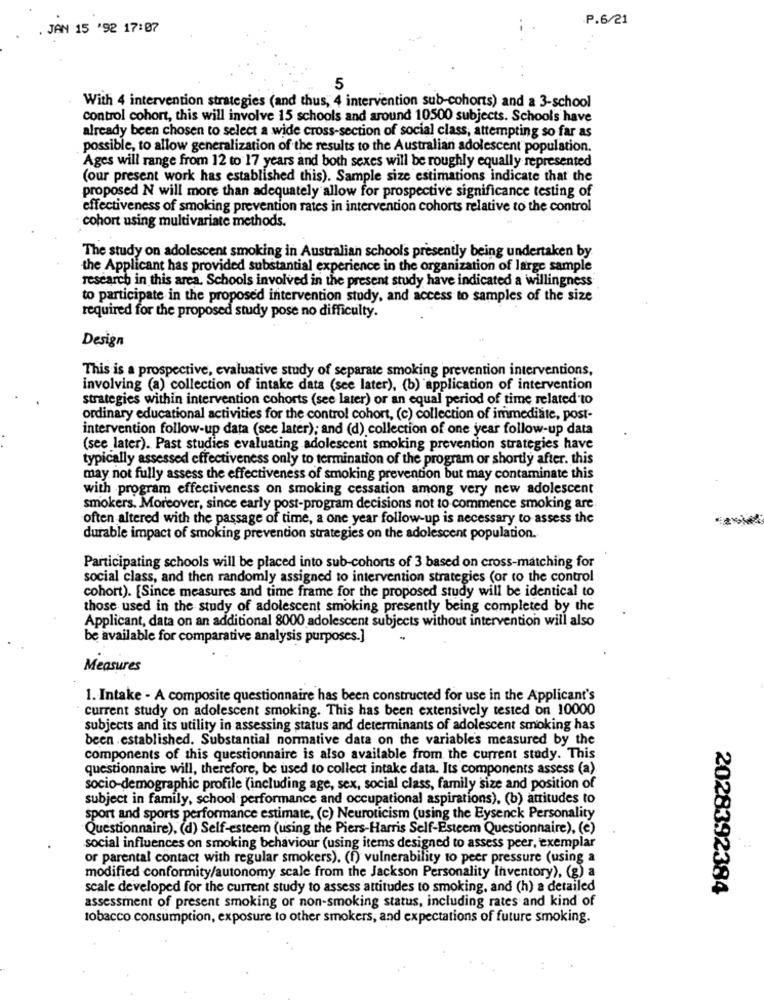
.P.6/21
. JAN 15 '92 17:07
5
With 4 intervention strategies (and thus, 4 intervention sub-cohorts) and a 3-school
control cohort, this will involve 15 schools and around 10500 subjects. Schools have
already been chosen to select a wide cross-section of social class, attempting so far as
possible, to allow generalization of the results to the Australian adolescent population.
Ages will range from 12 to 17 years and both sexes will be roughly equally represented
(our present work has established this). Sample size estimations indicate that the
proposed N will more than adequately allow for prospective significance testing of
effectiveness of smoking prevention rates in intervention cohorts relative to the control
cohort using multivariate methods.
The study on adolescent smoking in Australian schools presently being undertaken by
the Applicant has provided substantial experience in the organization of large sample
research in this area. Schools involved in the present study have indicated a willingness
to participate in the proposed intervention study, and access to samples of the size
required for the proposed study pose no difficulty.
Design
This is a prospective, evaluative study of separate smoking prevention interventions,
involving (a) collection of intake data (see later), (b) application of intervention
strategies within intervention cohorts (see later) or an equal period of time related to
ordinary educational activities for the control cohort, (c) collection of immediate, post-
intervention follow-up data (see later); and (d) collection of one year follow-up data
(see later). Past studies evaluating adolescent smoking prevention strategies have
typically assessed effectiveness only to termination of the program or shortly after. this
may not fully assess the effectiveness of smoking prevention but may contaminate this
with program effectiveness on smoking cessation among very new adolescent
smokers. Moreover, since early post-program decisions not to commence smoking are
often altered with the passage of time, a one year follow-up is necessary to assess the
durable impact of smoking prevention strategies on the adolescent population.
Participating schools will be placed into sub-cohorts of 3 based on cross-matching for
social class, and then randomly assigned to intervention strategies (or to the control
cohort). [Since measures and time frame for the proposed study will be identical to
those used in the study of adolescent smoking presently being completed by the
Applicant, data on an additional 8000 adolescent subjects without intervention will also
be available for comparative analysis purposes.]
Measures
1. Intake - A composite questionnaire has been constructed for use in the Applicant's
current study on adolescent smoking. This has been extensively tested on 10000
subjects and its utility in assessing status and determinants of adolescent smoking has
been established. Substantial normative data on the variables measured by the
components of this questionnaire is also available from the current study. This
questionnaire will, therefore, be used to collect intake data. Its components assess (a)
socio-demographic profile (including age, sex, social class, family size and position of
subject in family, school performance and occupational aspirations), (b) attitudes to
sport and sports performance estimate, (c) Neuroticism (using the Eysenck Personality
Questionnaire), (d) Self-esteem (using the Piers-Harris Self-Esteem Questionnaire), (e)
social influences on smoking behaviour (using items designed to assess peer, exemplar
or parental contact with regular smokers), (f) vulnerability to peer pressure (using a
modified conformity/autonomy scale from the Jackson Personality Inventory), (g) a
scale developed for the current study to assess attitudes to smoking, and (h) a detailed
2028392384
assessment of present smoking or non-smoking status, including rates and kind of
tobacco consumption, exposure to other smokers, and expectations of future smoking.